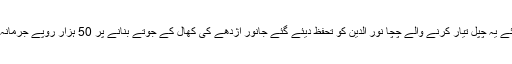
وزیراعظم کے لئے یہ چپل تیار کرنے والے چچا نور الدین کو تحفظ دیئے گئے جانور اژدھے کی کھال کے جوتے بنانے پر 50 ہزار روپے جرمانہ بھی کیا گیا ہے۔